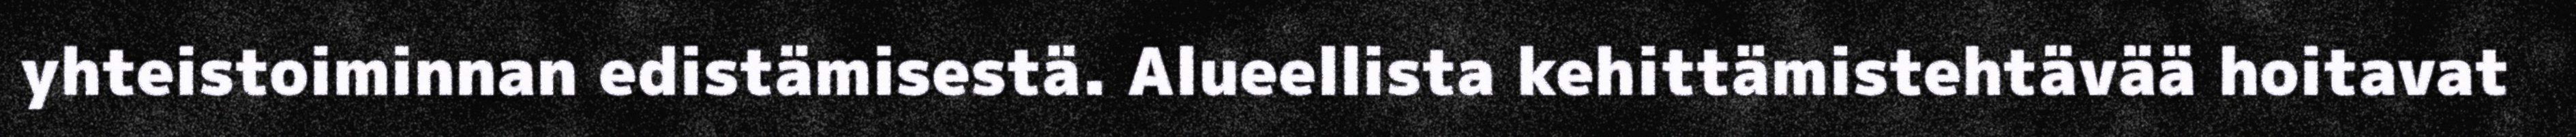
yhteistoiminnan edistämisestä. Alueellista kehittämistehtävää hoitavat